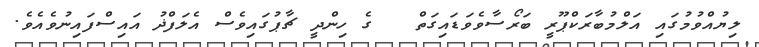
ލިޔުއްވުމުގައި އަލްމުބާރަކްޕޫރީ ބަރޯސާވެވަޑައިގަތް   ގެ ހިންދީ ޗާޕުގައިވެސް އެލަފްޛު އައިސްފައިނުވެއެވެ.